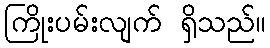
ကြိုးပမ်းလျက် ရှိသည်။